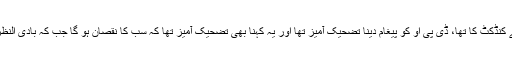
رپورٹ میں کہا گیا کہ ایشو وزیراعلیٰ کے کنڈکٹ کا تھا، ڈی پی او کو پیغام دینا تضحیک آمیز تھا اور یہ کہنا بھی تضحیک آمیز تھا کہ سب کا نقصان ہو گا جب کہ بادی النظر میں سب کا نقصان ہونا مبہم دھمکی ہے۔